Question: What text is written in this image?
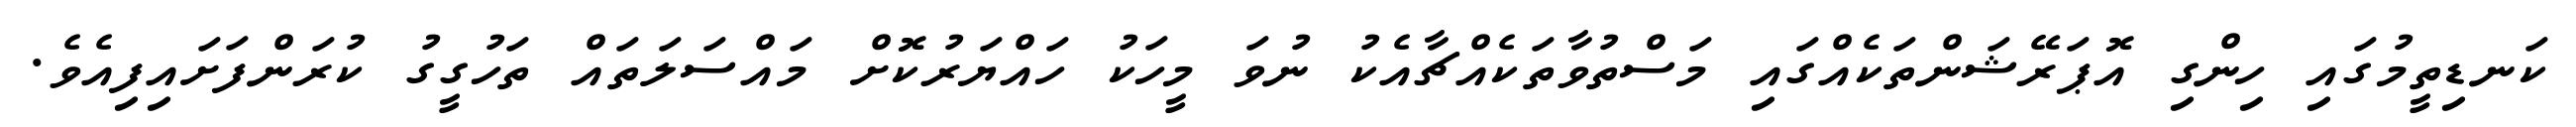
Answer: ކަނޑިތީމުގައި ހިންގި އޮޕަރޭޝަންތަކެއްގައި މަސްތުވާތަކެއްޗާއެކު ނުވަ މީހަކު ހައްޔަރުކޮށް މައްސަލަތައް ތަހުގީގު ކުރަންފަށައިފިއެވެ.